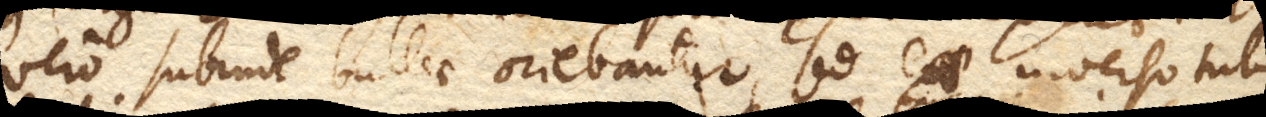
vero subinde bullae oriebantur, sed e. inverso tubo